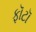
ફૉટૉ